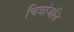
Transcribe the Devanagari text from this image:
चित्रांजलि